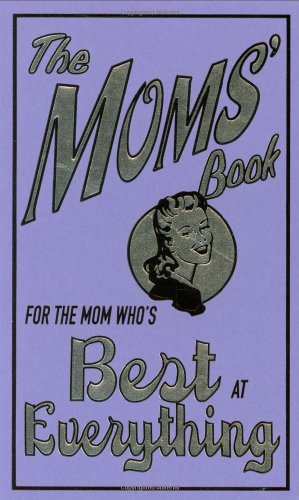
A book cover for The Moms' Book: For the Mom Who's Best at Everything; Alison Maloney; Teen & Young Adult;